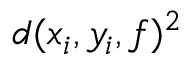
d ( x _ { i } , y _ { i } , f ) ^ { 2 }